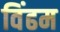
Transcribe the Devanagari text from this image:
विंढम